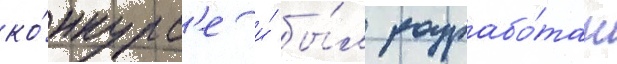
ко́нкурс'е и́ бы́л разрабо́тан